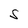
Character: S